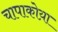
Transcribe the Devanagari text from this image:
चापाकोय़ा